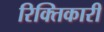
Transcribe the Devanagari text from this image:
रिक्तिकारी